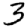
Digit: 3